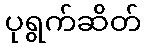
ပုရွက်ဆိတ်